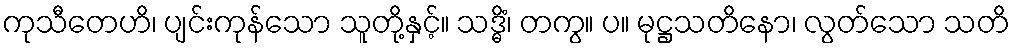
ကုသီတေဟိ၊ ပျင်းကုန်သော သူတို့နှင့်။ သဒ္ဓိံ၊ တကွ။ ပ။ မုဋ္ဌသတိနော၊ လွတ်သော သတိ